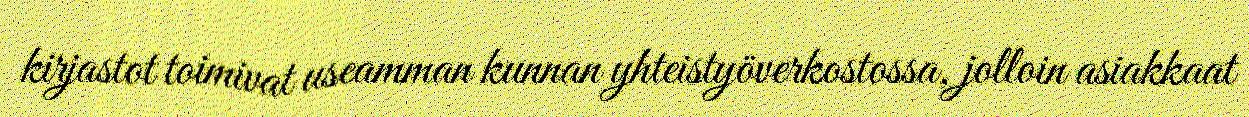
kirjastot toimivat useamman kunnan yhteistyöverkostossa, jolloin asiakkaat